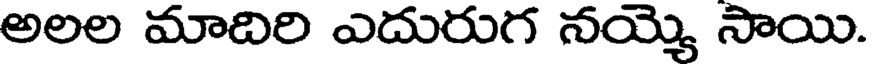
అలల మాదిరి ఎదురుగ నయ్యె సాయి.